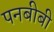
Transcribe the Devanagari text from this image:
पनबीबी